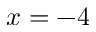
x = - 4